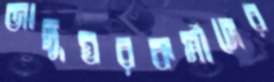
জাদুঘরকর্মীদের